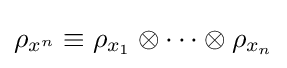
\rho _{x^{n}}\equiv \rho _{x_{1}}\otimes \cdots \otimes \rho _{x_{n}}